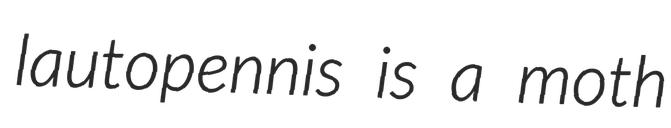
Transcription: lautopennis is a moth